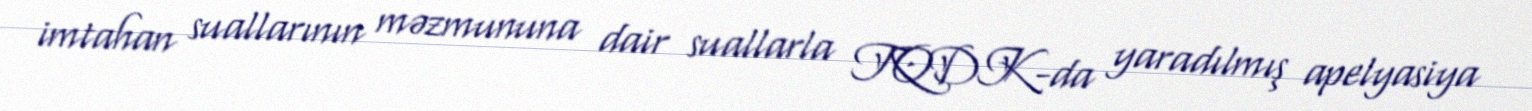
imtahan suallarının məzmununa dair suallarla TQDK-da yaradılmış apelyasiya